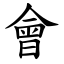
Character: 會